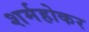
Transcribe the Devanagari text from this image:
शर्महोकर